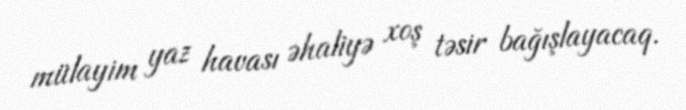
mülayim yaz havası əhaliyə xoş təsir bağışlayacaq.